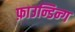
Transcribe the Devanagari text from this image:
फ़ाउन्डिन्ग